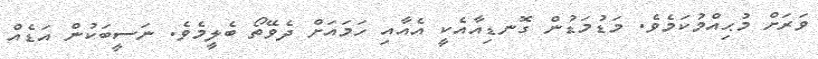
ވަރަށް މުޙިއްމުކަމެވެ. މަޑުމަޑުން ގޮނޑިއާއެކީ އެއާއި ހަމައަށް ދެވޭތޯ ބެލީމެވެ. ނަސީބަކުން އަޑެއް